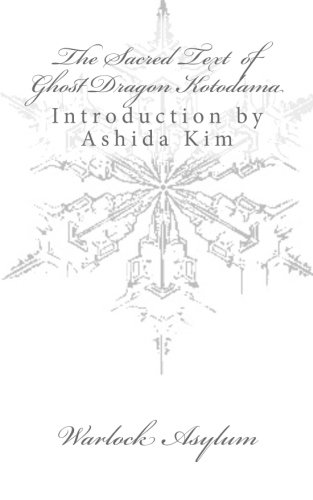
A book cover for The Sacred Text of Ghost Dragon Kotodama; Warlock Asylum; Religion & Spirituality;